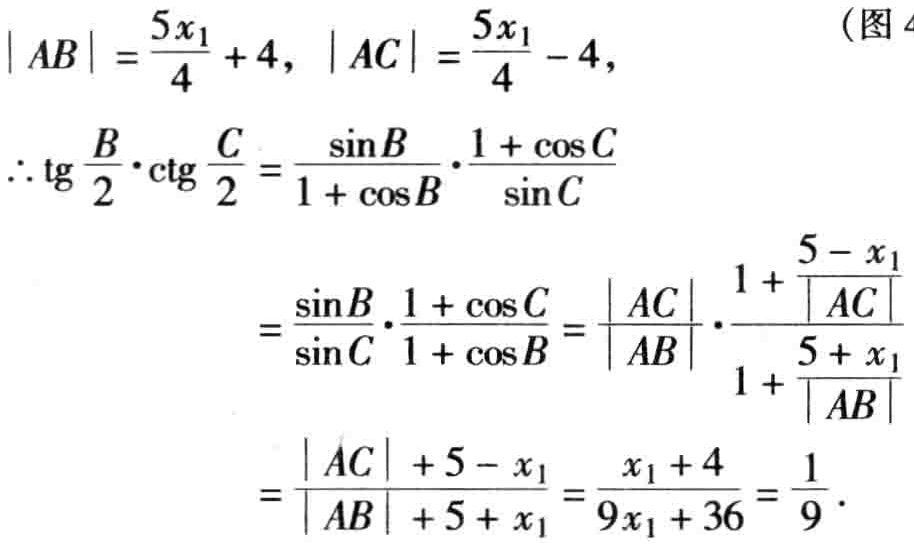
\[
\begin{align*}
|AB|&=\frac{5x_1}{4}+4, |AC|=\frac{5x_1}{4}-4,\\
\therefore \text{tg}\frac{B}{2}\cdot\text{ctg}\frac{C}{2}&=\frac{\sin B}{1 + \cos B}\cdot\frac{1 + \cos C}{\sin C}\\
&=\frac{\sin B}{\sin C}\cdot\frac{1 + \cos C}{1 + \cos B}=\frac{|AC|}{|AB|}\cdot\frac{1 + \frac{5 - x_1}{|AC|}}{1 + \frac{5 + x_1}{|AB|}}\\
&=\frac{|AC| + 5 - x_1}{|AB| + 5 + x_1}=\frac{x_1 + 4}{9x_1 + 36}=\frac{1}{9}.
\end{align*}
\]